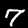
Digit: 7